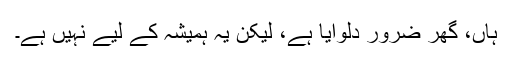
ہاں، گھر ضرور دلوایا ہے، لیکن یہ ہمیشہ کے لیے نہیں ہے۔